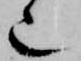
也